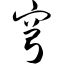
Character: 穹